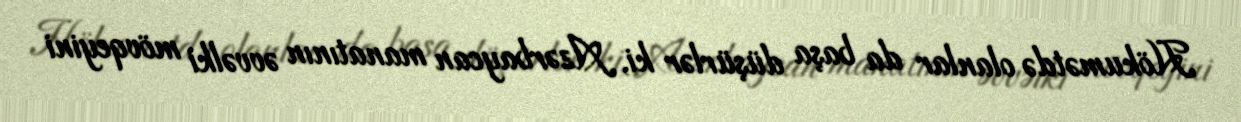
Hökumətdə olanlar da başa düşürlər ki, Azərbaycan manatının əvvəlki mövqeyini